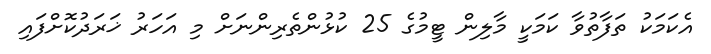
އެކަމަކު ތަފާތުވާ ކަމަކީ މާލިން ޓީމުގެ 25 ކުޅުންތެރިންނަށް މި އަހަރު ޚަރަދުކޮށްފައި